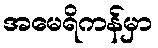
အမေရိကန်မှာ